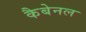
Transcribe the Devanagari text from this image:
कैबेनल